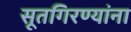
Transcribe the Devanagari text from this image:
सूतगिरण्यांना